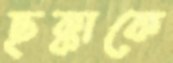
ছক্কাকে